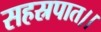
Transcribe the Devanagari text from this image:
सहस्रपात।।